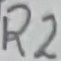
Text: R2